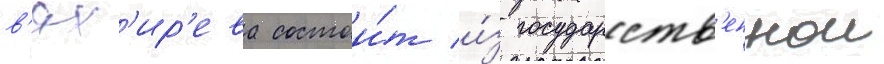
в'ях'ир'ева состои́т и́з государств'еннои